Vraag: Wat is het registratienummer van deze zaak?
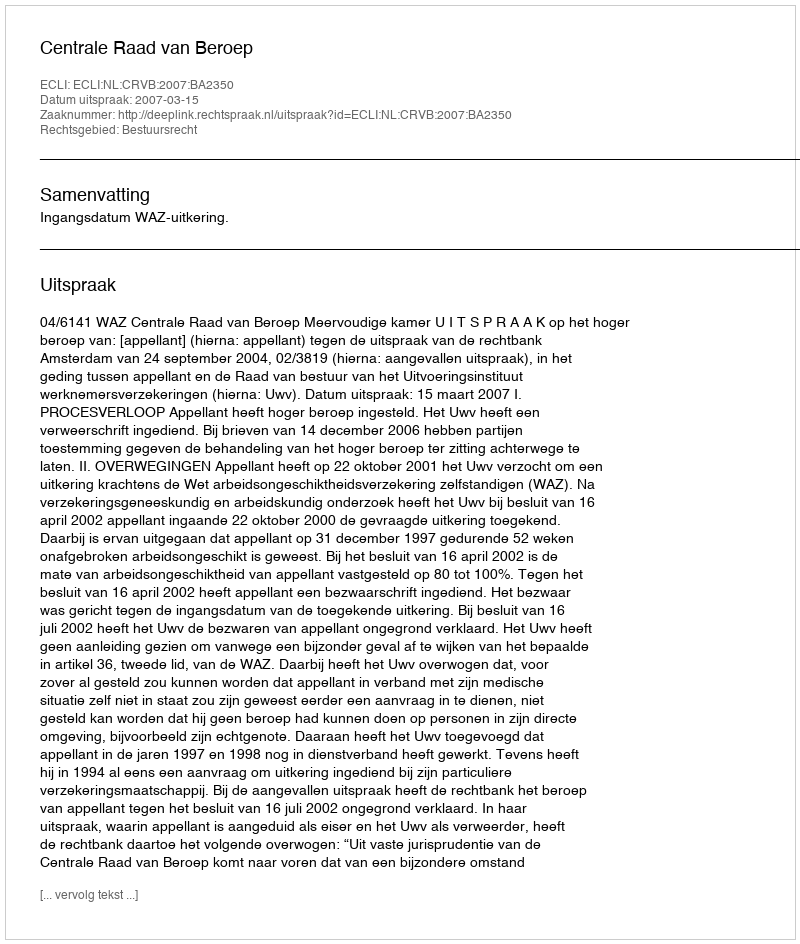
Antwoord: http://deeplink.rechtspraak.nl/uitspraak?id=ECLI:NL:CRVB:2007:BA2350